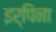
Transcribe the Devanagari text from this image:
इर्पिना